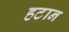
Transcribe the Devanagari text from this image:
हटान